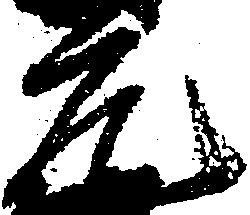
元